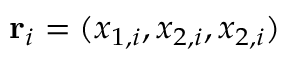
\mathbf { r } _ { i } = ( x _ { 1 , i } , x _ { 2 , i } , x _ { 2 , i } )